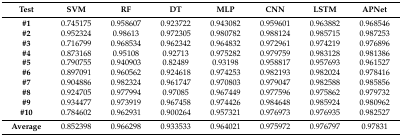
<table><thead><tr><td><b>Test</b></td><td><b>SVM</b></td><td><b>RF</b></td><td><b>DT</b></td><td><b>MLP</b></td><td><b>CNN</b></td><td><b>LSTM</b></td><td><b>APNet</b></td></tr></thead><tbody><tr><td><b>#1</b></td><td>0.745175</td><td>0.958607</td><td>0.923722</td><td>0.943082</td><td>0.959601</td><td>0.963882</td><td>0.968546</td></tr><tr><td><b>#2</b></td><td>0.952324</td><td>0.98613</td><td>0.972305</td><td>0.980782</td><td>0.988124</td><td>0.985715</td><td>0.987253</td></tr><tr><td><b>#3</b></td><td>0.716799</td><td>0.968534</td><td>0.962342</td><td>0.964832</td><td>0.972961</td><td>0.974219</td><td>0.976896</td></tr><tr><td><b>#4</b></td><td>0.873168</td><td>0.95108</td><td>0.92713</td><td>0.975282</td><td>0.979759</td><td>0.983128</td><td>0.981386</td></tr><tr><td><b>#5</b></td><td>0.790755</td><td>0.940903</td><td>0.82489</td><td>0.93198</td><td>0.958817</td><td>0.957693</td><td>0.961527</td></tr><tr><td><b>#6</b></td><td>0.897091</td><td>0.960562</td><td>0.924618</td><td>0.974253</td><td>0.982193</td><td>0.982024</td><td>0.978416</td></tr><tr><td><b>#7</b></td><td>0.904886</td><td>0.982324</td><td>0.961747</td><td>0.970803</td><td>0.979047</td><td>0.982588</td><td>0.985856</td></tr><tr><td><b>#8</b></td><td>0.924705</td><td>0.977994</td><td>0.97085</td><td>0.967449</td><td>0.977596</td><td>0.975862</td><td>0.979732</td></tr><tr><td><b>#9</b></td><td>0.934477</td><td>0.973919</td><td>0.967458</td><td>0.974426</td><td>0.984648</td><td>0.985924</td><td>0.980962</td></tr><tr><td><b>#10</b></td><td>0.784602</td><td>0.962931</td><td>0.900264</td><td>0.957321</td><td>0.976973</td><td>0.976935</td><td>0.982527</td></tr><tr><td><b>Average</b></td><td>0.852398</td><td>0.966298</td><td>0.933533</td><td>0.964021</td><td>0.975972</td><td>0.976797</td><td>0.97831</td></tr></tbody></table>